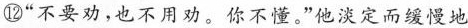
⑫“不要劝，也不用劝。你不懂。”他淡定而缓慢地